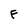
Character: F